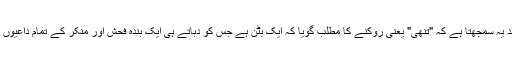
اس قسم کے اعتراض میں ملحد یہ سمجھتا ہے کہ "تنھی" یعنی روکنے کا مطلب گویا کہ ایک بٹن ہے جس کو دباتے ہی ایک بندہ فحش اور منکر کے تمام داعیوں اور اکساوے سے بچ جاتا ہے۔